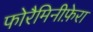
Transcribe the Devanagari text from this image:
फोरैमिनीफ़ेरा